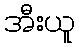
အီးယူ